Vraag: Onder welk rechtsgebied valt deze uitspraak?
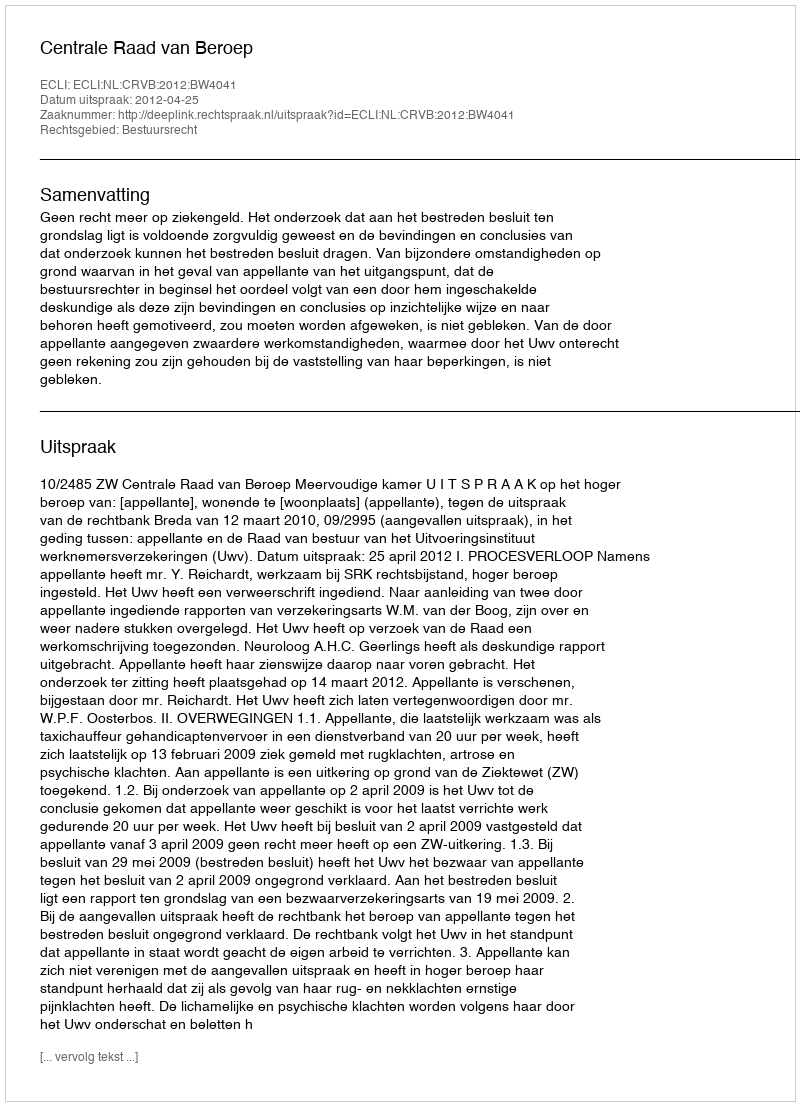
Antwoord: Bestuursrecht